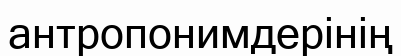
антропонимдерінің